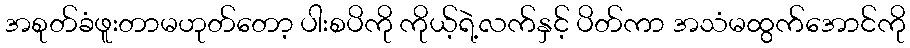
အစုတ်ခံဖူးတာမဟုတ်တော့ ပါးစပိကို ကိုယ့်ရဲ့လက်နှင့် ပိတ်ကာ အသံမထွက်အောင်ကို